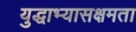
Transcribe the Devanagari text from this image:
युद्धाभ्यासक्षमता